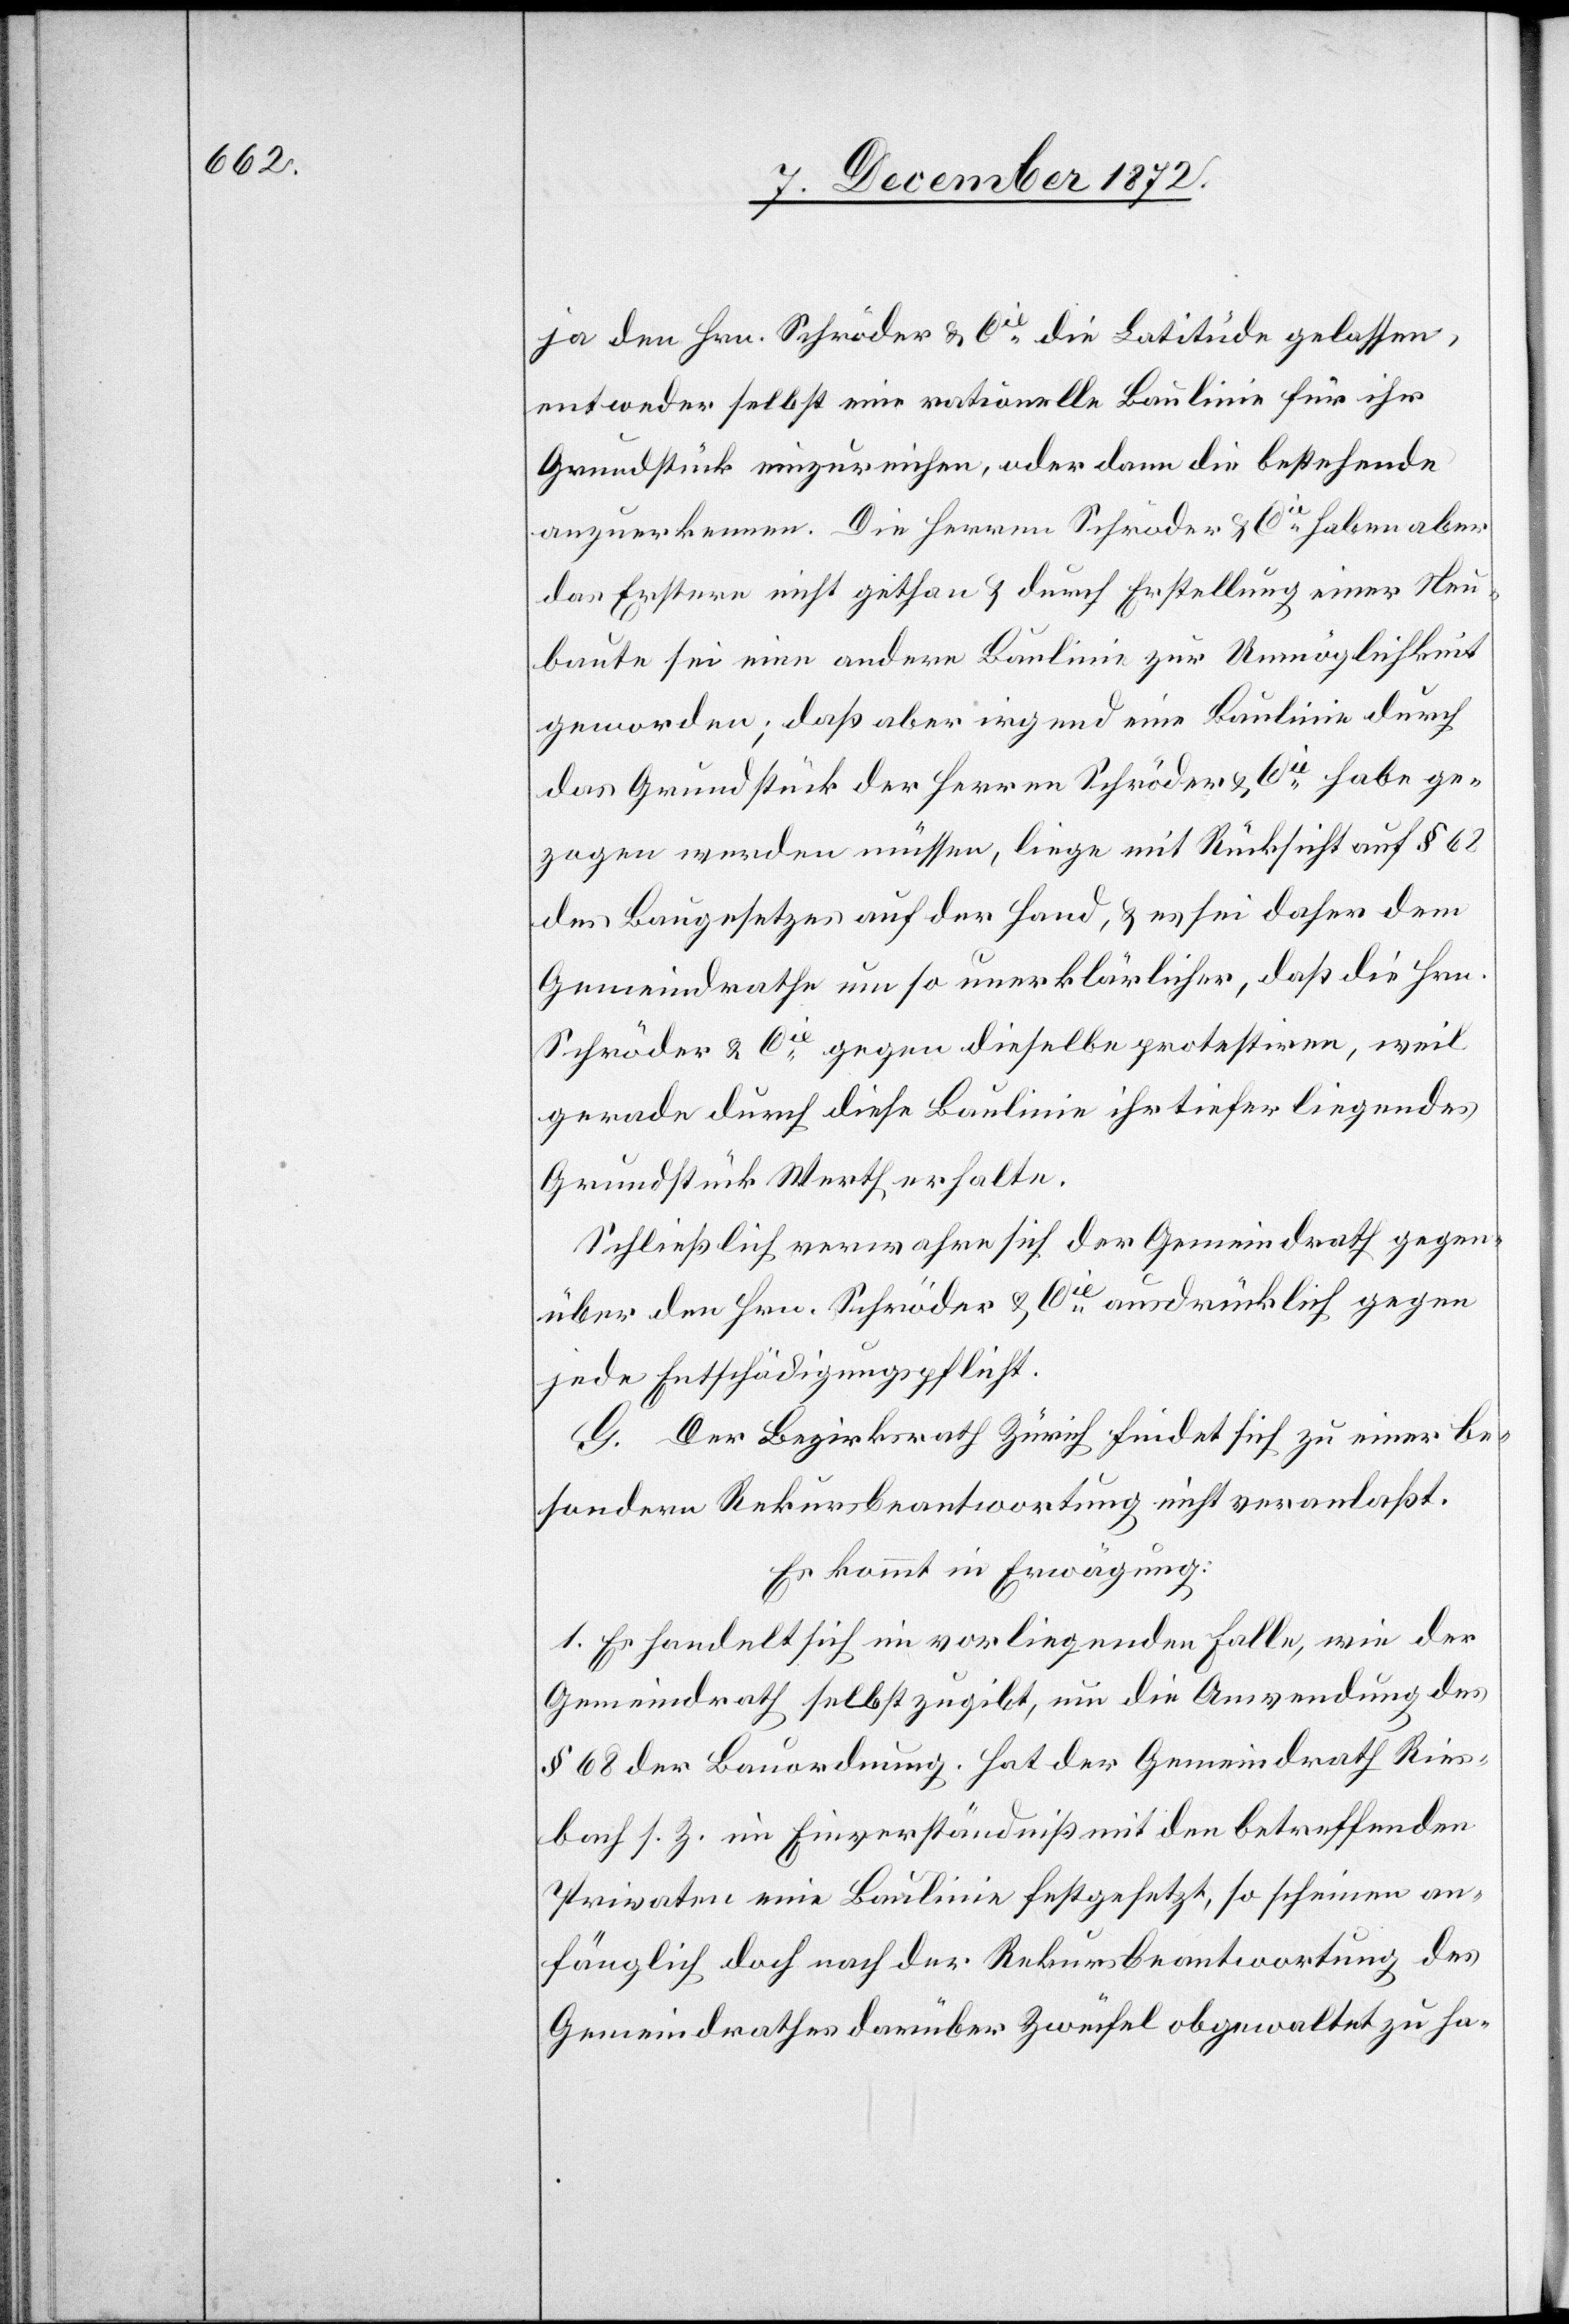
ja den Hrn. Schröder u. Cie die Latitüde gelassen,
entweder selbst eine rationelle Baulinie für ihr
Grundstück einzureichen, oder dann die bestehende
anzuerkennen. Die Herren Schröder u. Cie haben aber
das Erstere nicht gethan u. durch Erstellung einer Neu¬
baute sei eine andere Baulinie zur Unmöglichkeit
geworden; daß aber irgend eine Baulinie durch
das Grundstück der Herren Schröder u. Cie habe ge¬
zogen werden müssen, liege mit Rücksicht auf § 62
des Baugesetzes auf der Hand, u. es sei daher dem
Gemeindrathe um so unerklärlicher, daß die Hrn.
Schröder u. Cie gegen dieselbe protestiren, weil
gerade durch diese Baulinie ihr tiefer liegendes
Grundstück Werth erhalte.
Schließlich verwahre sich der Gemeindrath gegen¬
über den Hrn. Schröder u. Cie ausdrücklich gegen
jede Entschädigungspflicht.
G. Der Bezirksrath Zürich findet sich zu einer be¬
sondern Rekursbeantwortung nicht veranlaßt.
Es kommt in Erwägung:
1. Es handelt sich im vorliegenden Falle, wie der
Gemeindrath selbst zugibt, um die Anwendung des
§ 68 der Bauordnung. Hat der Gemeindrath Ries¬
bach s. Z. im Einverständniß mit den betreffenden
Privaten eine Baulinie festgesetzt, so scheinen an¬
fänglich doch nach der Rekursbeantwortung des
Gemeindrathes darüber Zweifel obgewaltet zu ha-